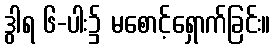
ဒွါရ ၆-ပါး၌ မစောင့်ရှောက်ခြင်း။